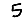
Digit: 5